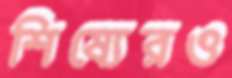
শিষ্যেরও